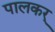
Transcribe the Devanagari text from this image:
पालकर्